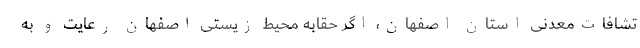
تشافات‌معدنی استان اصفهان، اگر حقابه محیط زیستی اصفهان رعایت و به